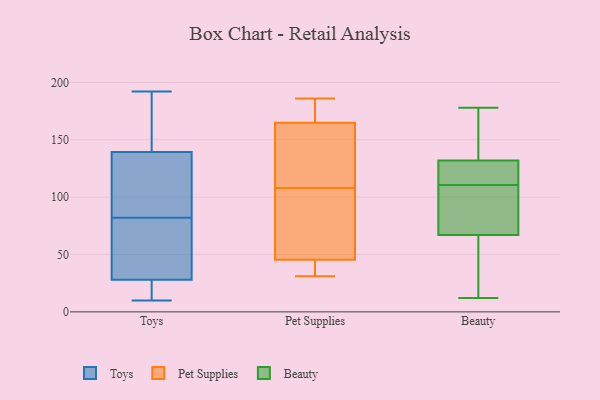
{"axis": {"x": "Net Income (USD K)", "y": "Value"}, "legend": ["Beauty", "Pet Supplies", "Toys"], "data": [{"x": "", "y": 13, "type": "Toys"}, {"x": "", "y": 57, "type": "Toys"}, {"x": "", "y": 22, "type": "Toys"}, {"x": "", "y": 164, "type": "Toys"}, {"x": "", "y": 131, "type": "Toys"}, {"x": "", "y": 35, "type": "Toys"}, {"x": "", "y": 191, "type": "Toys"}, {"x": "", "y": 107, "type": "Toys"}, {"x": "", "y": 192, "type": "Toys"}, {"x": "", "y": 82, "type": "Toys"}, {"x": "", "y": 13, "type": "Toys"}, {"x": "", "y": 30, "type": "Toys"}, {"x": "", "y": 130, "type": "Toys"}, {"x": "", "y": 191, "type": "Toys"}, {"x": "", "y": 104, "type": "Toys"}, {"x": "", "y": 74, "type": "Toys"}, {"x": "", "y": 10, "type": "Toys"}, {"x": "", "y": 40, "type": "Pet Supplies"}, {"x": "", "y": 169, "type": "Pet Supplies"}, {"x": "", "y": 31, "type": "Pet Supplies"}, {"x": "", "y": 186, "type": "Pet Supplies"}, {"x": "", "y": 126, "type": "Pet Supplies"}, {"x": "", "y": 45, "type": "Pet Supplies"}, {"x": "", "y": 65, "type": "Pet Supplies"}, {"x": "", "y": 176, "type": "Pet Supplies"}, {"x": "", "y": 108, "type": "Pet Supplies"}, {"x": "", "y": 152, "type": "Pet Supplies"}, {"x": "", "y": 47, "type": "Pet Supplies"}, {"x": "", "y": 51, "type": "Beauty"}, {"x": "", "y": 155, "type": "Beauty"}, {"x": "", "y": 121, "type": "Beauty"}, {"x": "", "y": 110, "type": "Beauty"}, {"x": "", "y": 178, "type": "Beauty"}, {"x": "", "y": 116, "type": "Beauty"}, {"x": "", "y": 52, "type": "Beauty"}, {"x": "", "y": 111, "type": "Beauty"}, {"x": "", "y": 74, "type": "Beauty"}, {"x": "", "y": 67, "type": "Beauty"}, {"x": "", "y": 12, "type": "Beauty"}, {"x": "", "y": 132, "type": "Beauty"}, {"x": "", "y": 99, "type": "Beauty"}, {"x": "", "y": 158, "type": "Beauty"}]}